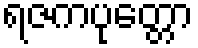
ရဇကပုတ္တော